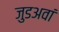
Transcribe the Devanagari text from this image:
जुडअवां